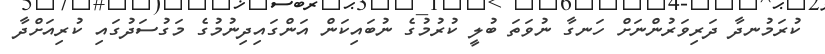
ކުރަމުނދާ ދަރިވަރުންނަށް ހަނގާ ނުވަތަ ބުލީ ކުރުމުގެ ނުބައިކަން އަންގައިދިނުމުގެ މަގުސަދުގައި ކުރިއަށްދާ